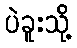
ပဲခူးသို့